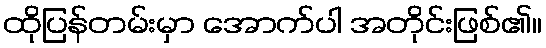
ထိုပြန်တမ်းမှာ အောက်ပါ အတိုင်းဖြစ်၏။